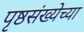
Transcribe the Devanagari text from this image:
पृष्ठसंख्येच्या